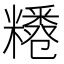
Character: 𥽊